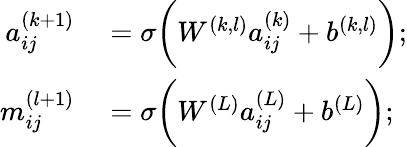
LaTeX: \begin{array}{rl}{a_{ij}^{(k+1)}}&{{}=\sigma\bigg(W^{(k,l)}a_{ij}^{(k)}+b^{(k,l)}\bigg);}\\ {m_{ij}^{(l+1)}}&{{}=\sigma\bigg(W^{(L)}a_{ij}^{(L)}+b^{(L)}\bigg);}\end{array}